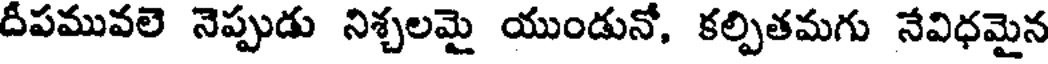
దీపమువలె నెప్పుడు నిశ్చలమై యుండునో, కల్పితమగు నేవిధమైన